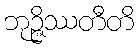
ဘုဉ္ဇိဿတီတိ